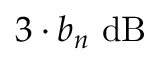
3 \cdot b _ { n } \ \mathrm { d B }